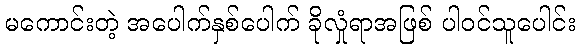
မကောင်းတဲ့ အပေါက်နှစ်ပေါက် ခိုလှုံရာအဖြစ် ပါဝင်သူပေါင်း